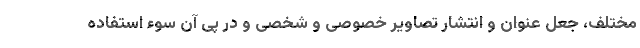
مختلف، جعل عنوان و انتشار تصاویر خصوصی و شخصی و در پی آن سوء استفاده